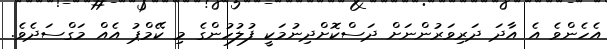
އެހެންވެ އެ އާދަ ދަރިވަރުންނަށް ދަސްކޮށްދިނުމަކީ ފުލުހުންގެ މި ކޭމްޕު އެއް މަގްސަދެވެ.